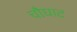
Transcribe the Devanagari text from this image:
चौघाट